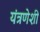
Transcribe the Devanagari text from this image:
यंत्रणेशी